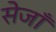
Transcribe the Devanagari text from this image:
सेजाँ